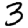
Digit: 3